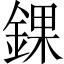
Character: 錁